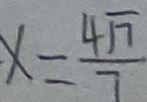
x = \frac { 4 \sqrt { 7 } } { 7 }